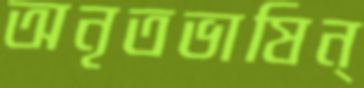
অনৃতভাষিন্